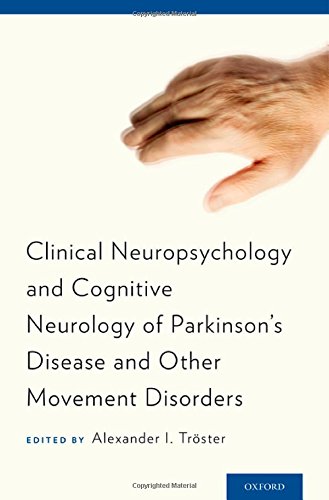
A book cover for Clinical Neuropsychology and Cognitive Neurology of Parkinson's Disease and Other Movement Disorders; Alexander  I. Troster; Health, Fitness & Dieting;